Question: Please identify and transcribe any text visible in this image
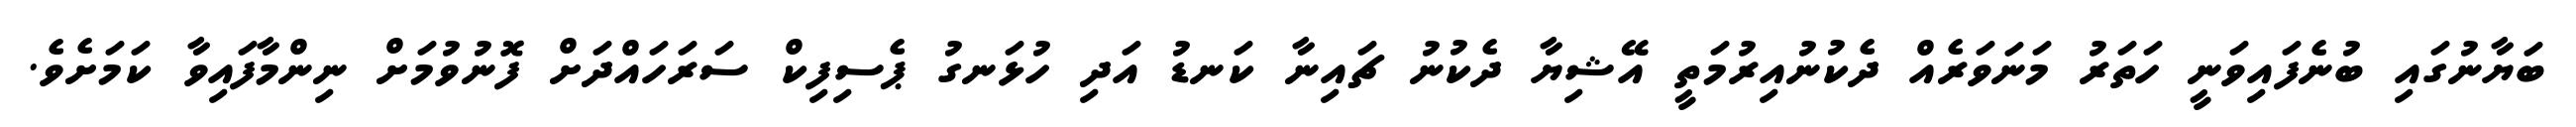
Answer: ބަޔާނުގައި ބުނެފައިވަނީ ހަތަރު މަނަވަރެއް ދެކުނުއިރުމަތީ އޭޝިޔާ ދެކުނު ޗައިނާ ކަނޑު އަދި ހުޅަނގު ޕެސިފިކް ސަރަހައްދަށް ފޮނުވުމަށް ނިންމާފައިވާ ކަމަށެވެ.